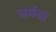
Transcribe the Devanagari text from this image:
धर्मयां